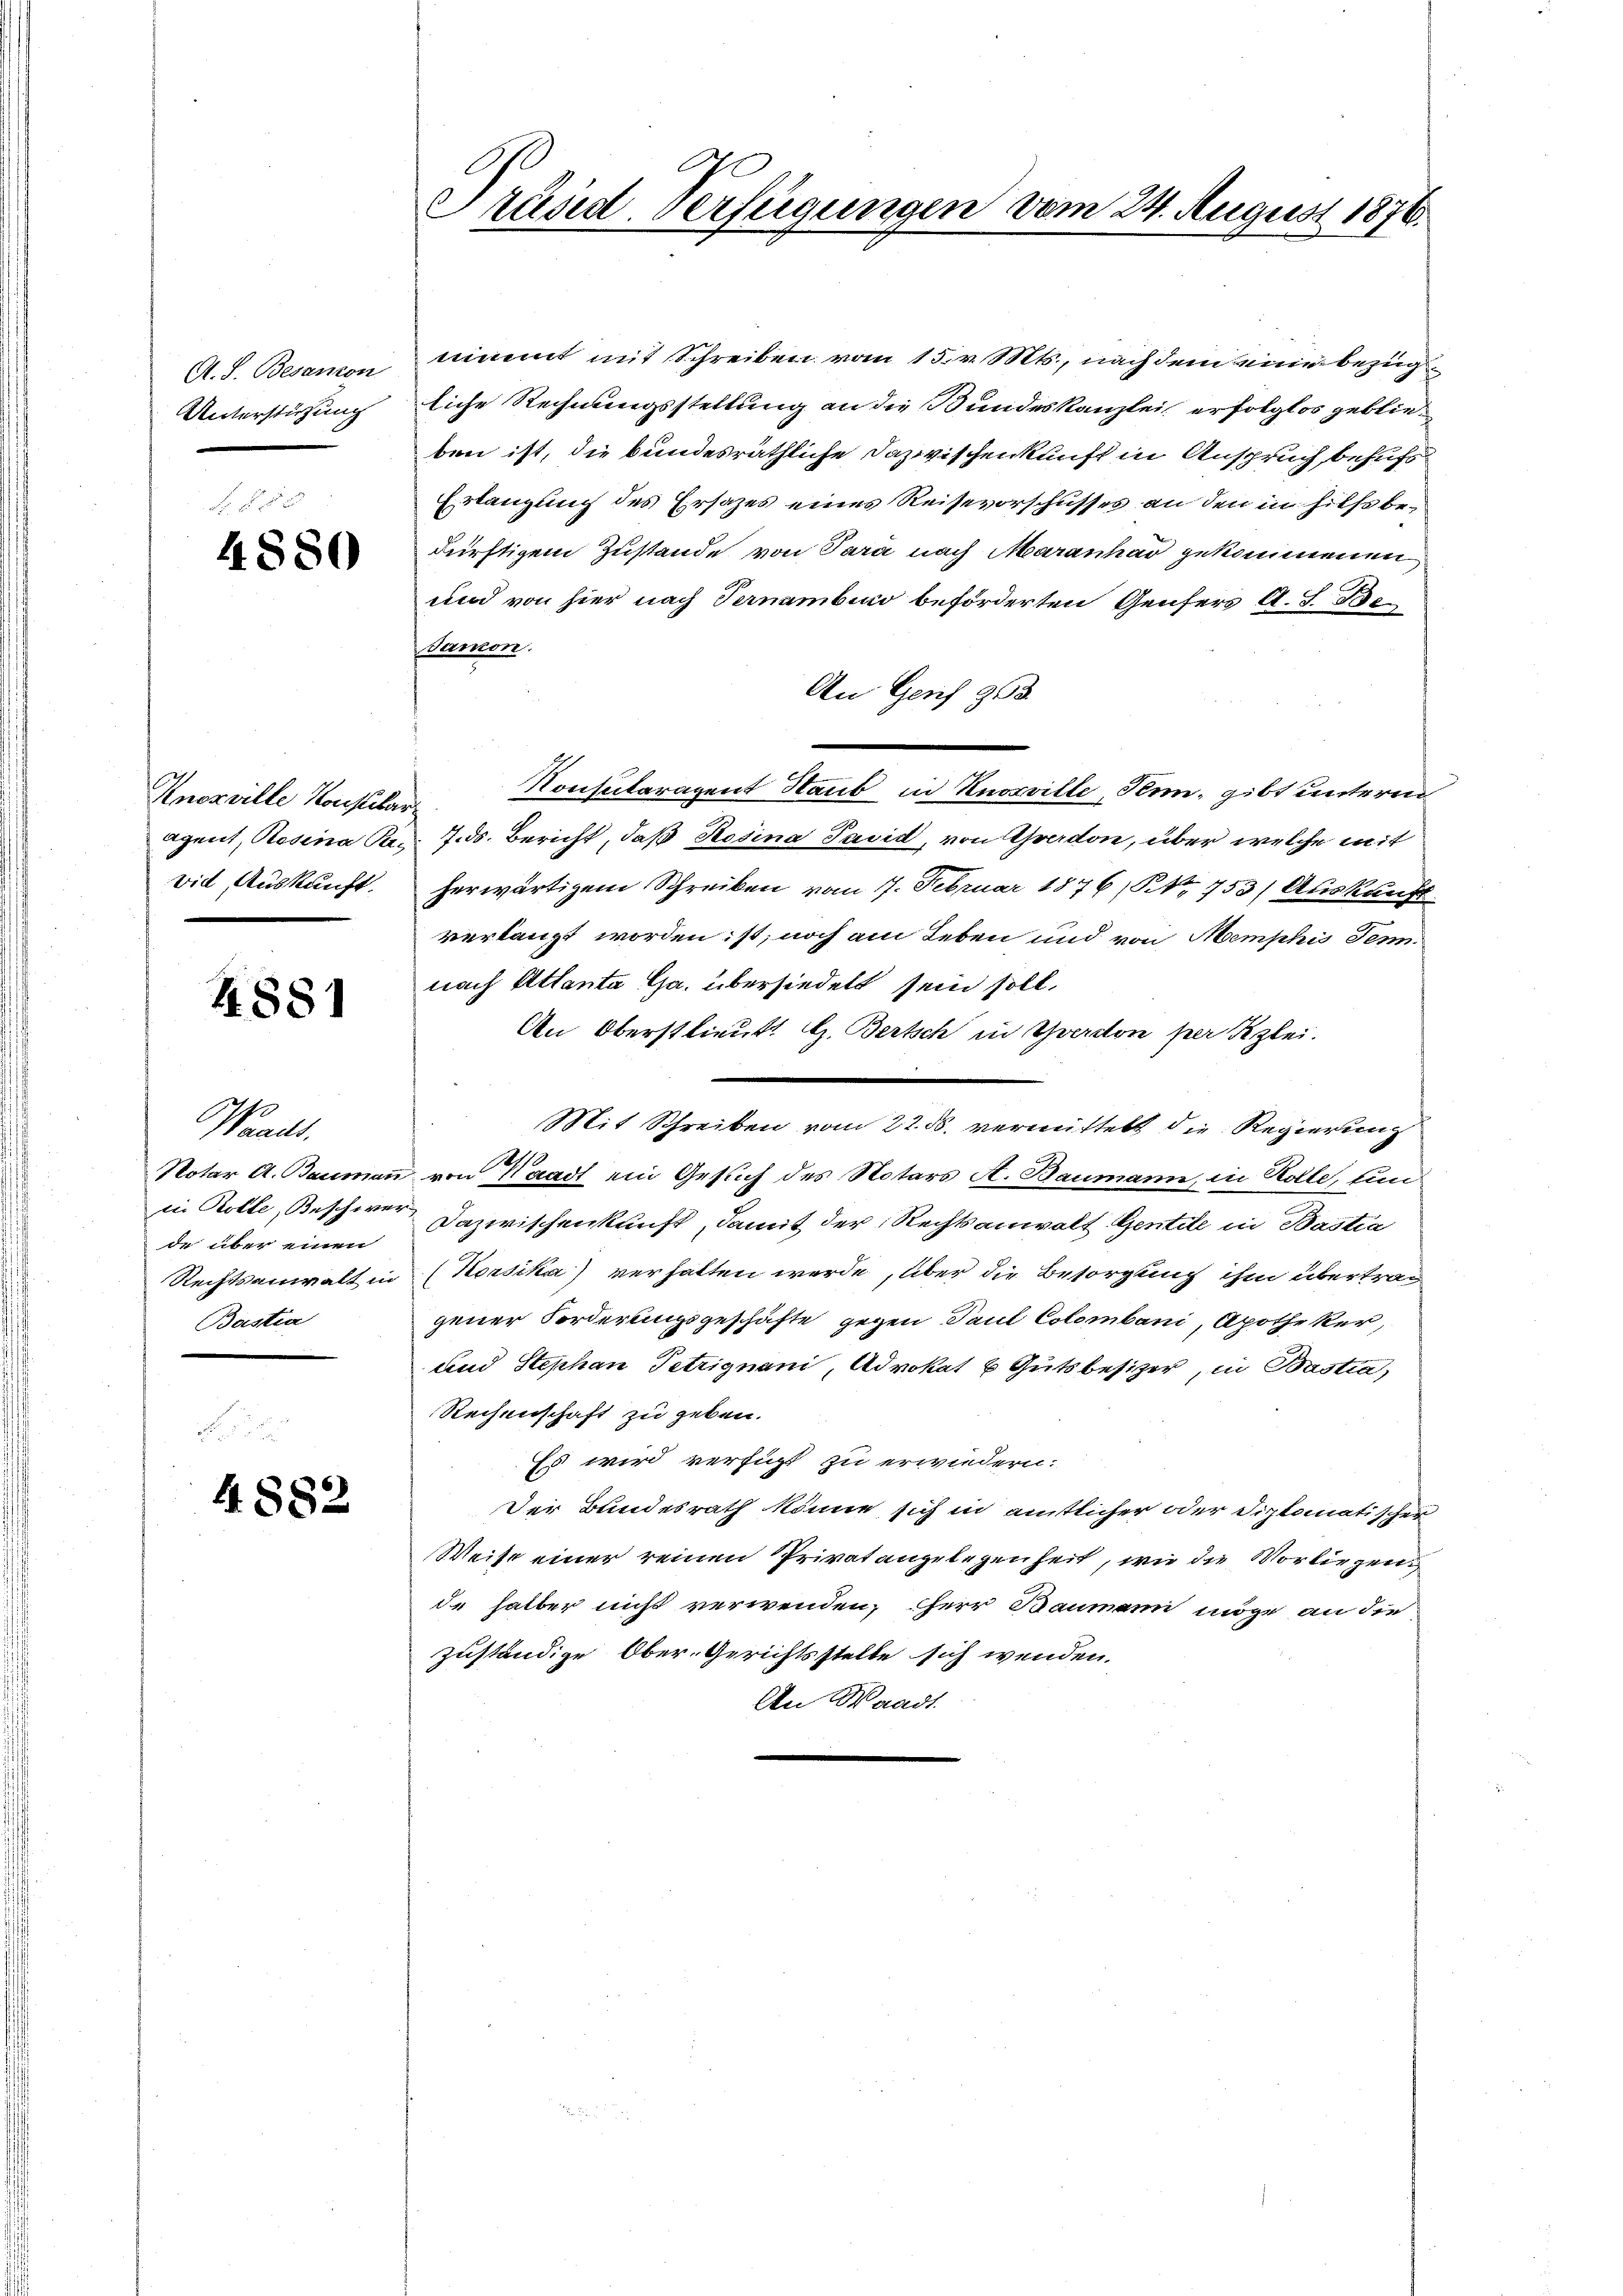
A. S. Besanon
Unterstützung

4880

Anoxville Konstilar-
vid, Auskunft.

4881

Wanul.
de über einen
Bastia

4882

Präsid. Verfügungen vom 24. August 1876.

nimmt mit Schreiben vom 15. v. Mts., nach dem eine bezug
liche Rechnungsstellung an die Bundeskanzlei, erfolglos geblieben ist, die bundesräthliche Dazwischenkunft in Anspruch behufs
Erlangung des Ersatzes eines Reisevorschusses an den in hies bedürftigem Zustande von Sara nach Maranhar gekommenen
und von hier nach Ternambio beförderten Genfers A. S. Be¬
Janon.
An Genf 353.
Konsularagent Staub in Knosville, Senn, gibt unterm
agent, Rosina Pag. 7. ds. Bericht, daß Rosina Pasid, von Averdon, über welche mit
herwärtigem Schreiben vom 7. Februar 1876, S. 753) Auskunft
verlangt worden ist, noch am Leben und von Memphis Sennach Attanta Ga. übersiedelt sein soll,
An Oberstlieut. G. Bertsch in Yverdon per Szlei.
Mit Schreiben vom 22. ds. vermittelt die Regierung
Notar A. Baumaṅ von Waadt ein Gesuch des Notars A. Baumann, in Kolle, sin
in Kolle, Beschwer Dazwischenkunft, damit der Rechtsanwalt Gentile in Bastia
Rechtsanwalt in (Korsika) verhalten werde, über die Besorgung ihm übertrag
gener Forderungsgeschäfte gegen Paul Colombani, Apotheker,
und Stephan Petrignani, Advokat P. Gutsbesizer, in Bastia,
Rechenschaft zu geben.
Es wird verfügt zu erwiedern.
Der Bundesrath könne sich in amtlicher oder Diplomatischer
Weise einer reinen Privatangelegenheit, wie die Vorliegen
de halber nicht verwenden, HHerr Baumann möge an die
zuständige Ober-Gerichtsstelle sich wenden.
An Waadt.